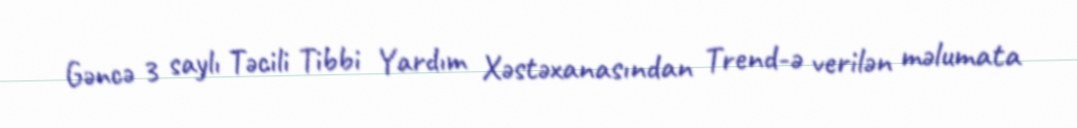
Gəncə 3 saylı Təcili Tibbi Yardım Xəstəxanasından Trend-ə verilən məlumata